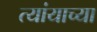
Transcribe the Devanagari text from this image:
त्यांयाच्या